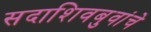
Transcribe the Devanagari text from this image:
सदाशिवबुवांचे